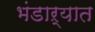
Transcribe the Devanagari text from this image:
भंडाऱ्यात